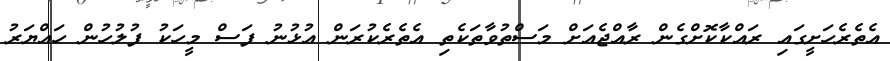
އެތެރެހަށީގައި ރައްކާކޮށްގެން ރާއްޖެއަށް މަސްތުވާތަކެތި އެތެރެކުރަން އުޅުނު ފަސް މީހަކު ފުލުހުން ހައްޔަރު